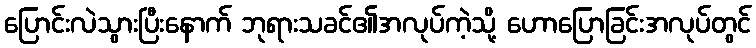
ပြောင်းလဲသွားပြီးနောက် ဘုရားသခင်၏အလုပ်ကဲ့သို့ ဟောပြောခြင်းအလုပ်တွင်